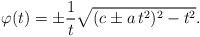
LaTeX: \begin{align*} \varphi(t) = \pm \frac{1}{t} \sqrt{(c \pm a\, t^2)^2 -t^2}.\end{align*}